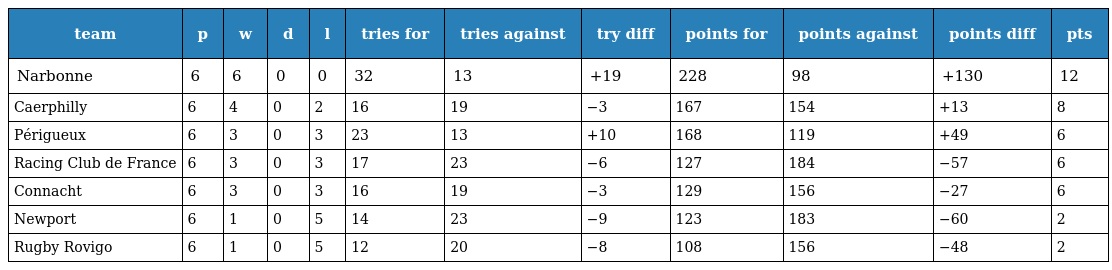
| team | p | w | d | l | tries for | tries against | try diff | points for | points against | points diff | pts |
 | --- | --- | --- | --- | --- | --- | --- | --- | --- | --- | --- | --- |
 | Narbonne | 6 | 6 | 0 | 0 | 32 | 13 | +19 | 228 | 98 | +130 | 12 |
 | Caerphilly | 6 | 4 | 0 | 2 | 16 | 19 | −3 | 167 | 154 | +13 | 8 |
 | Périgueux | 6 | 3 | 0 | 3 | 23 | 13 | +10 | 168 | 119 | +49 | 6 |
 | Racing Club de France | 6 | 3 | 0 | 3 | 17 | 23 | −6 | 127 | 184 | −57 | 6 |
 | Connacht | 6 | 3 | 0 | 3 | 16 | 19 | −3 | 129 | 156 | −27 | 6 |
 | Newport | 6 | 1 | 0 | 5 | 14 | 23 | −9 | 123 | 183 | −60 | 2 |
 | Rugby Rovigo | 6 | 1 | 0 | 5 | 12 | 20 | −8 | 108 | 156 | −48 | 2 |